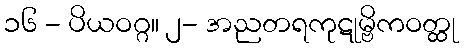
၁၆ - ပိယဝဂ္ဂ။ ၂- အညတရကုဋုမ္ဗိကဝတ္ထု